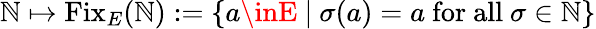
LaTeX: \mathbb{N}\mapsto{\mathrm{{Fix}}}_{E}(\mathbb{N}):=\{ a\inE~|~\sigma(a)=a{\mathrm{{~for~all~}}}\sigma\in\mathbb{N}\}